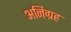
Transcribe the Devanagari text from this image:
अनिग्रह